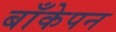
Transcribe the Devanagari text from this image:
बाँकेपन